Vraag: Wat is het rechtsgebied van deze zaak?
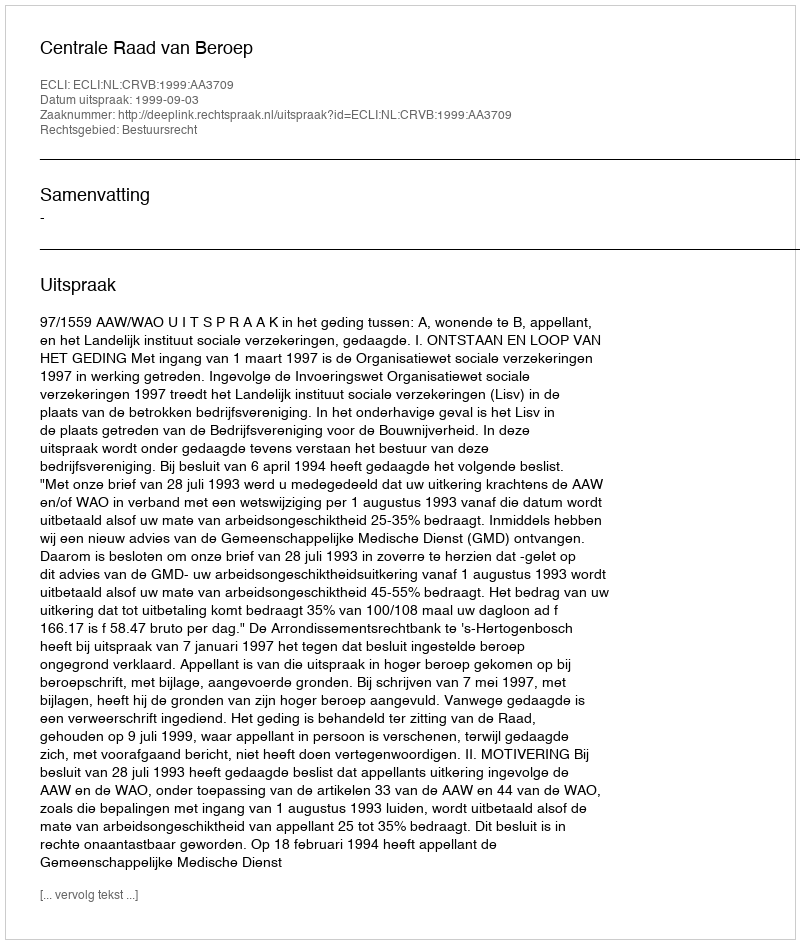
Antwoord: Bestuursrecht